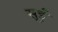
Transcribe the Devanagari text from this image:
सूईं